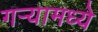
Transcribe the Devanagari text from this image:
गर्‍यामध्ये